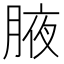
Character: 腋